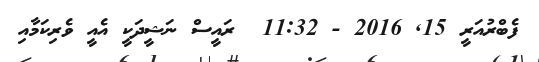
ފެބްރުއަރީ 15